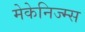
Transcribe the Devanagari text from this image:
मेकेनिज्म्स